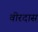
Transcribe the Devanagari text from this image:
वीरदास